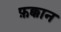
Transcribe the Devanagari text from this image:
फ़क्कान